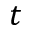
t